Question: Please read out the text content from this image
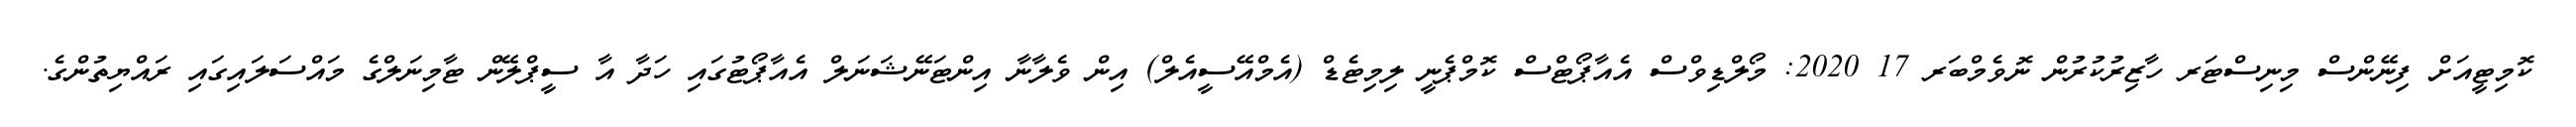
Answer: ކޮމިޓީއަށް ފިނޭންސް މިނިސްޓަރ ހާޒިރުކުރުން ނޮވެމްބަރ 17 2020: މޯލްޑިވްސް އެއާޕޯޓްސް ކޮމްޕެނީ ލިމިޓެޑް (އެމްއޭސީއެލް) އިން ވެލާނާ އިންޓަނޭޝަނަލް އެއާޕޯޓުގައި ހަދާ އާ ސީޕްލޭން ޓާމިނަލްގެ މައްސަލައިގައި ރައްޔިތުންގެ.